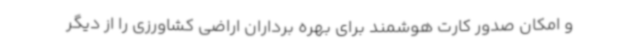
و امکان صدور کارت هوشمند برای بهره برداران اراضی کشاورزی را از دیگر